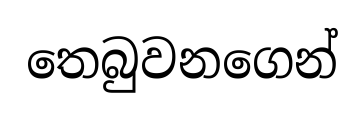
තෙබුවනගෙන්